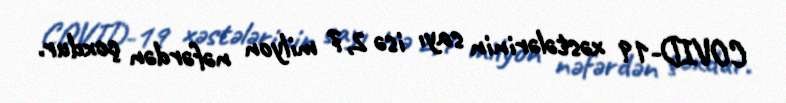
COVID-19 xəstələrinin sayı isə 2,7 milyon nəfərdən çoxdur.